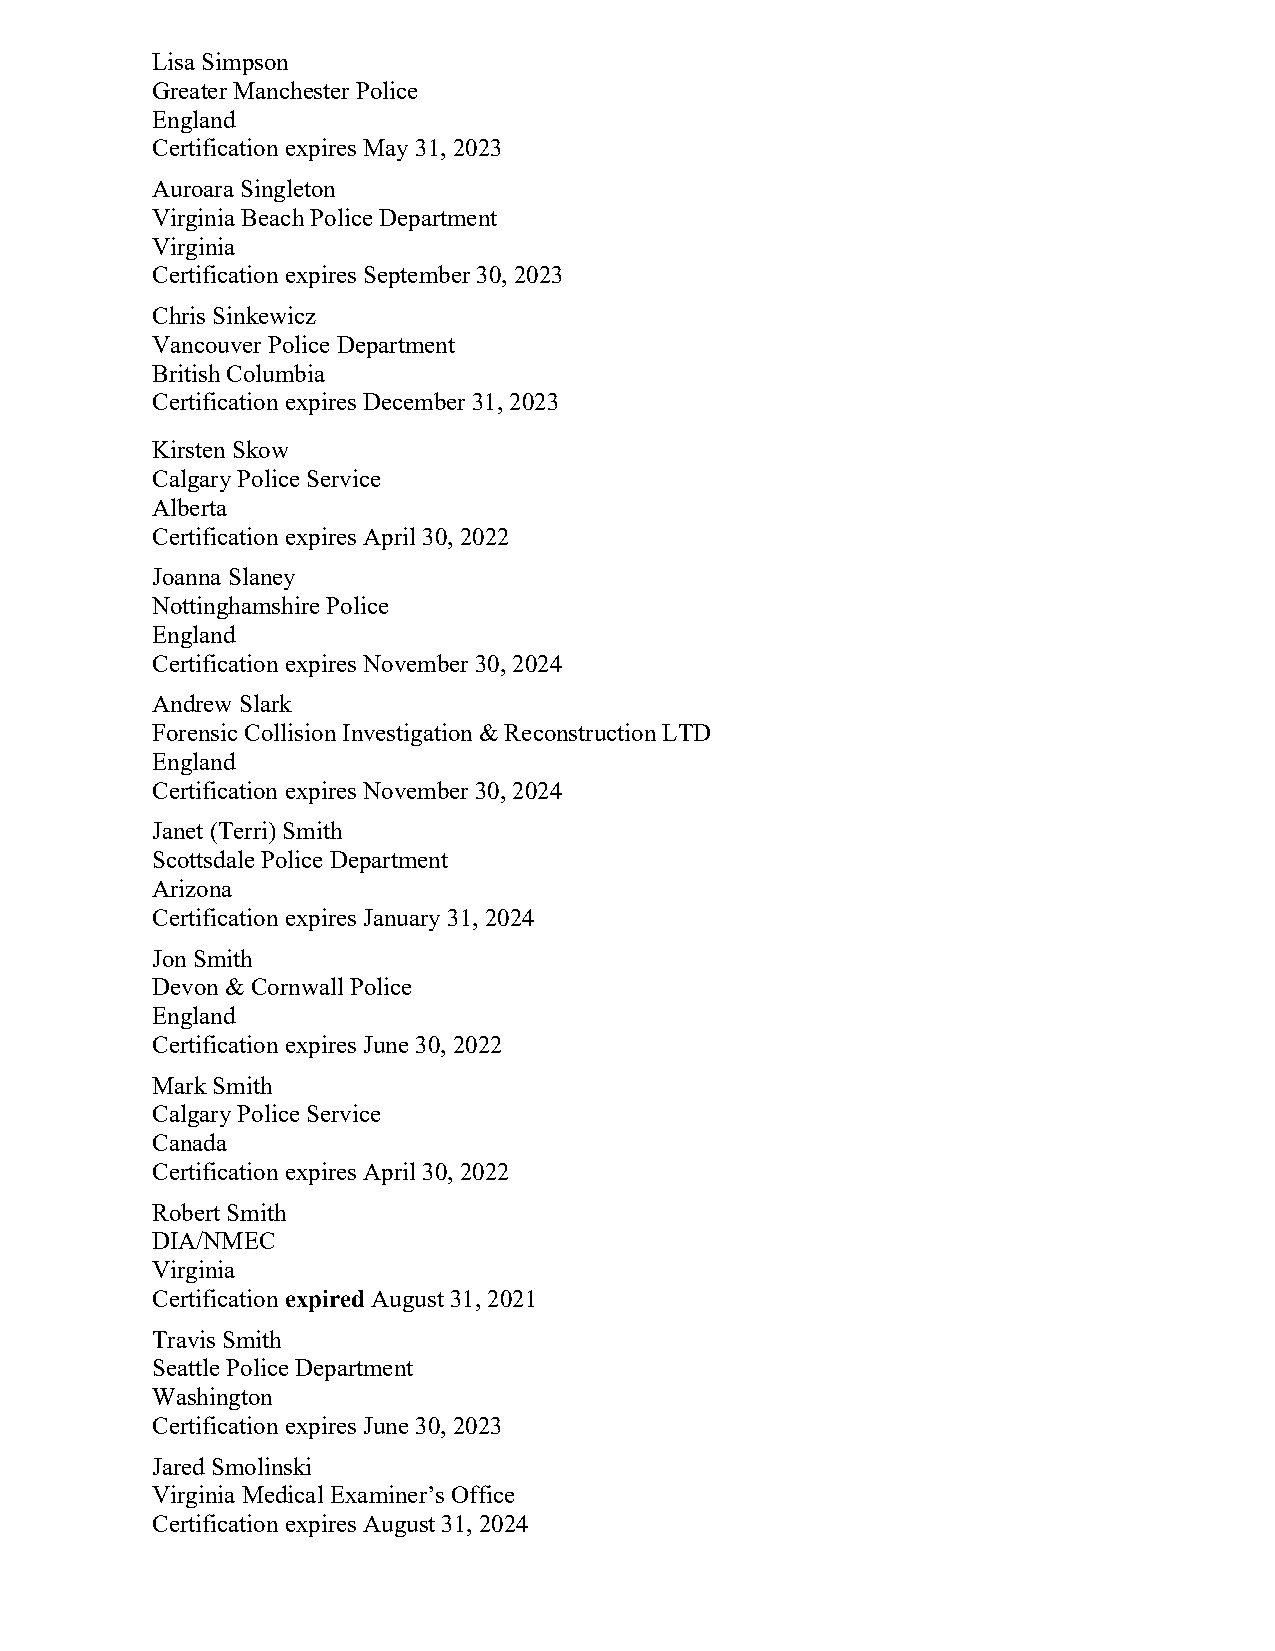
Lisa Simpson
 Greater Manchester Police
 England
 Certification expires May 31, 2023
 Auroara Singleton
 Virginia Beach Police Department
 Virginia
 Certification expires September 30, 2023
 Chris Sinkewicz
 Vancouver Police Department
 British Columbia
 Certification expires December 31, 2023
 Kirsten Skow
 Calgary Police Service
 Alberta
 Certification expires April 30, 2022
 Joanna Slaney
 Nottinghamshire Police
 England
 Certification expires November 30, 2024
 Andrew Slark
 Forensic Collision Investigation & Reconstruction LTD
 England
 Certification expires November 30, 2024
 Janet (Terri) Smith
 Scottsdale Police Department
 Arizona
 Certification expires January 31, 2024
 Jon Smith
 Devon & Cornwall Police
 England
 Certification expires June 30, 2022
 Mark Smith
 Calgary Police Service
 Canada
 Certification expires April 30, 2022
 Robert Smith
 DIA/NMEC
 Virginia
 Certification expired August 31, 2021
 Travis Smith
 Seattle Police Department
 Washington
 Certification expires June 30, 2023
 Jared Smolinski
 Virginia Medical Examiner’s Office
 Certification expires August 31, 2024